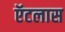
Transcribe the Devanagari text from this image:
ऍटलास